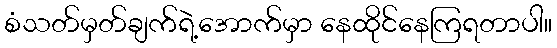
စံသတ်မှတ်ချက်ရဲ့အောက်မှာ နေထိုင်နေကြရတာပါ။